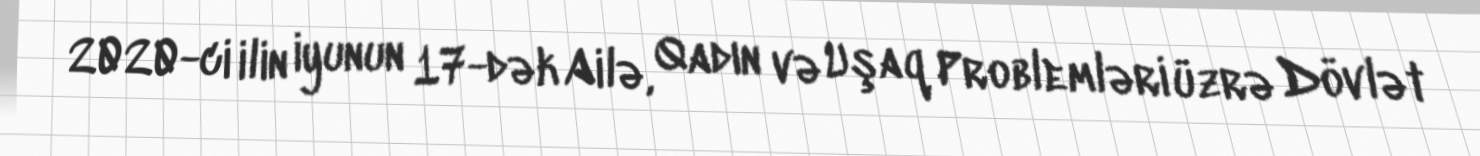
2020-ci ilin iyunun 17-dək Ailə, Qadın və Uşaq Problemləri üzrə Dövlət